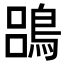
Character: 𪁳